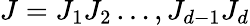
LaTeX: J=J_{1}J_{2}\dots,J_{d-1}J_{d}